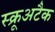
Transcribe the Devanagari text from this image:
स्क्रूअटैक